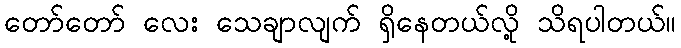
တော်တော် လေး သေချာလျက် ရှိနေတယ်လို့ သိရပါတယ်။